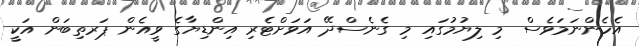
އެހެންނަމަވެސް މި ލިޔުމުގައި މި ގެނެސްދޭ އަވަށްޓެރި އިންޑިޔާގެ ވީއެން ޕަރތިބަން އަކީ